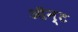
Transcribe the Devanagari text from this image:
ऑन्ट